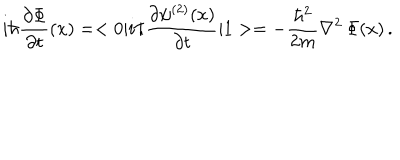
LaTeX: i \hbar { \frac { \partial \Phi } { \partial t } } ( x ) = < 0 | i \hbar { \frac { \partial \psi ^ { ( 2 ) } ( x ) } { \partial t } } | 1 > = - { \frac { \hbar ^ { 2 } } { 2 m } } \nabla ^ { 2 } \, \Phi ( x ) \, .